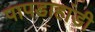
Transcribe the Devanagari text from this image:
पापडाहांडी